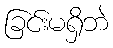
ခြင်းမရှိဘဲ